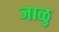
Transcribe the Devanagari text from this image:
जाळु